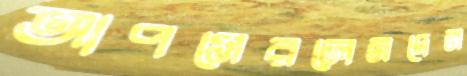
আপসেরলেনদেন